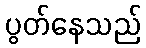
ပွတ်နေသည်